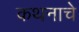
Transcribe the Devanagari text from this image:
कथनाचे